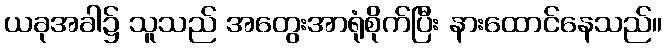
ယခုအခါ၌ သူသည် အတွေးအာရုံစိုက်ပြီး နားထောင်နေသည်။